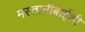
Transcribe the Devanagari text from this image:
मस्तानीबाईंशी